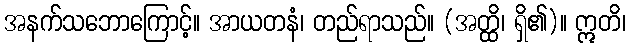
အနက်သဘောကြောင့်။ အာယတနံ၊ တည်ရာသည်။ (အတ္ထိ၊ ရှိ၏)။ ဣတိ၊